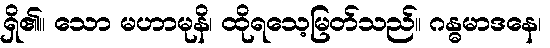
ရှိ၏။ သော မဟာမုနိ၊ ထိုရသေ့မြတ်သည်။ ဂန္ဓမာဒနေ၊